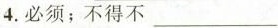
4.必须；不得不___